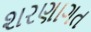
શરણાગત